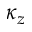
\kappa _ { z }